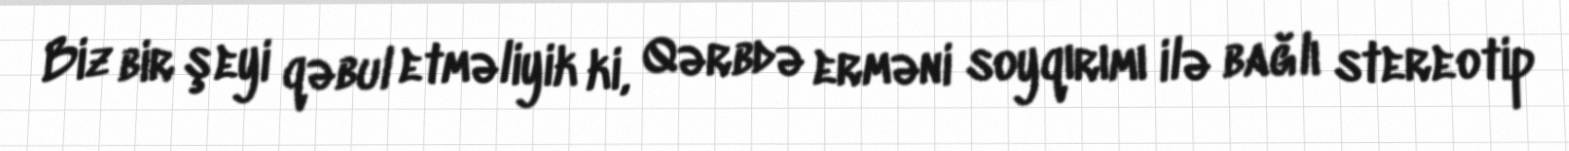
Biz bir şeyi qəbul etməliyik ki, Qərbdə erməni soyqırımı ilə bağlı stereotip